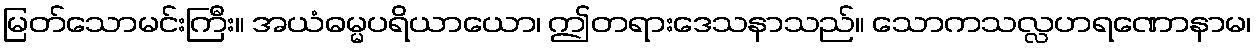
မြတ်သောမင်းကြီး။ အယံဓမ္မပရိယာယော၊ ဤတရားဒေသနာသည်။ သောကသလ္လဟရဏောနာမ၊